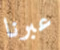
عبرنا